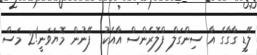
ލޭޑީ ގާގާގެ އާ ސިންގަލް ފްލޮރެންސް އާއެކު  ފޭނުން މޮޔަވަނީ!2 މަސް